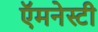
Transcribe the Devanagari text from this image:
ऍमनेस्टी